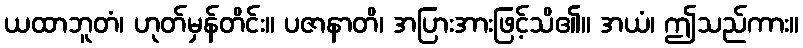
ယထာဘူတံ၊ ဟုတ်မှန်တိင်း။ ပဇာနာတိ၊ အပြားအားဖြင့်သိ၏။ အယံ၊ ဤသည်ကား။